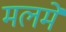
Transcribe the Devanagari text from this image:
मलमे